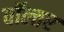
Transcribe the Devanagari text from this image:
वॉल्तर